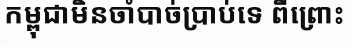
កម្ពុជាមិនចាំបាច់ប្រាប់ទេ ពីព្រោះ